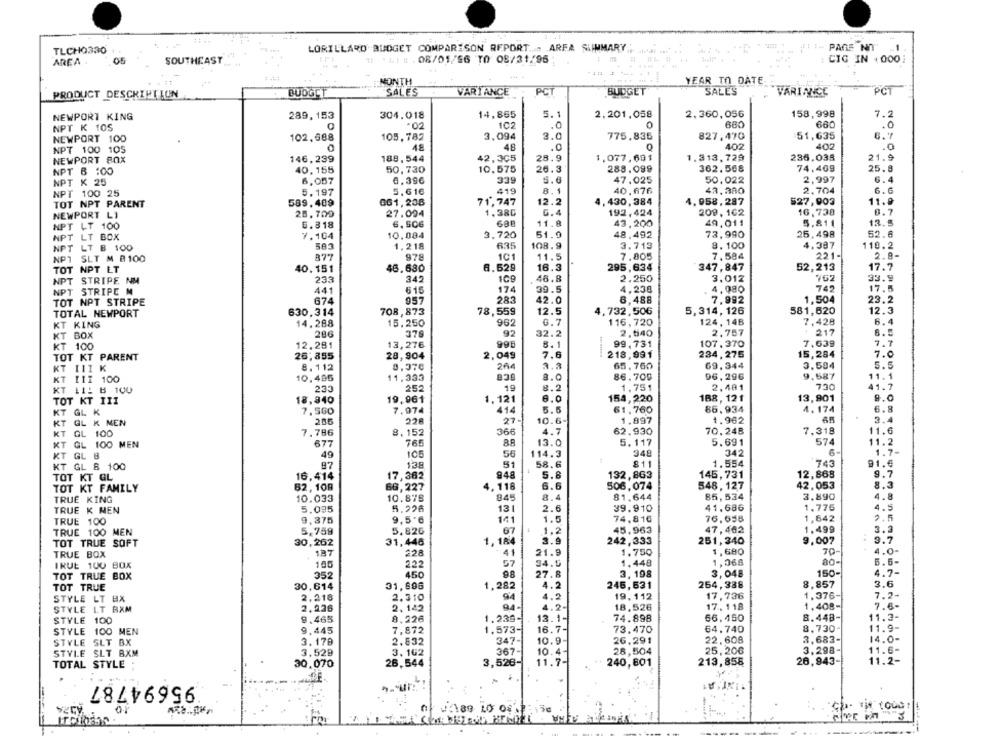
TLCHQ330
LORILLARD BUDGET COMPARISON REPORT .... ARFA SLIMMARY
III- PAGE NOT
05
SOUTHEAST
# *LEE. 08/01/56 TO 08/31, 95
CIG IN +000
AREA
MONTH
YEAR TO DATE.
PCT
PCT
PRODUCT DESCRIPTION
BUDGET
SALES
VARIANCE
BUDGET
SALES
VARIANCE
NEWPORT KING
289,153
304.018
14,865
5.1
2.201,058
2.360,056
158,998
7.2
NPT K 10S
:02
102
.0
0
680
680
.0
6.7
NEWPORT 100
102,688
105.782
3,094
3.0
775,835
827,470
51,635
NPT 100 105
48
48
.0
402
402
.0
236.035
NEWPORT BOX
146,239
188,544
42,305
28.9
1.077,691
1.313.729
21.9
NPT 8 :00
40,155
50,730
10,575
26.3
288.099
362.508
74,409
25.8
339
5.6
2,997
6.4
NPT K 25
6,057
6.396
47.025
50.022
NPT 100 25
5.197
5.616
419
8.1
40,676
42.380
2,704
6.6
061, 238
71,747
. 430, 384
527,903
11.9
TOT NPT PARENT
589.409
12.2
4.958,287
NEWPORT LI
28.700
27.094
1,380
6.4
192,424
209,162
16,738
0.7
6. 506
11.8
43,200
49.011
5.811
13.5
NPT LT 100
6.818
NPT LT BOX
7.164
10.084
3,720
51.9
48.492
73.990
25.498
52.6
503
635
108.9
3.713
8. 100
4.387
NPT LT B 100
1,218
110.2
NPT SLT M B 100
377
978
101
11.5
7.805
7,584
221-
2.8-
TOT NPT LT
40.151
46.680
6.629
16.3
295,634
347,847
52,213
17.7
NPT
STRIPE NM
233
342
109
46.8
2.250
3.012
762
33.9
NPT STRIPE M
441
615
174
39.5
4,238
4,080
742
17.5
TOT NPT STRIPE
674
957
283
42.0
6,488
7,992
1,504
23.2
630,314
708,873
78,559
12.5
1,732,506
5,314, 126
581,620
12.3
TOTAL NEWPORT
KT KING
14.288
15.250
962
G. 7
116,720
124, 14B
7.428
6.4
BOX
286
376
92
32.2
2,540
2.757
217
6.5
KT
7,639
7.7
KT 100
12.281
13,276
995
8.1
99.731
107.370
TOT KT PARENT
26,855
28,904
2,049
7.6
218,991
234, 275
15,284
7.0
69.344
5.5
KT III K
8.112
8,370
65.760
3.584
KT [11 100
10.495
11,333
8.0
86.700
96,296
9.587
11.1
2,401
7.30
41.7
KT LI: B 100
233
2.52
8.2
1,751
TOT KT III
18,840
19,961
1.121
6.0
154,220
188, 121
13,901
9.0
414
5.5
61,760
86.934
4.174
6.8
KT GL K
7.560
7.074
KT GL K MEN
228
27-
10.6-
1.897
1.962
3.4
366
4.7
62.930
70.248
7.318
11.6
KT GL 100
7.786
8,152
KT GL 100 MEN
677
765
13.0
5,117
5.691
574
11.2
105
56
114.3
348
342
6-
1.7-
KT GL B
49
KT GL & 100
87
13.8
51
58.6
811
1.554
743
91.€
16,414
17,362
948
5.8
132,863
145,731
12,868
9.7
TOT KT GL
TOT KT FAMILY
62,108
66,227
4.118
6.6
506,074
548, 127
42,053
8.3
10.878
845
8.4
81.644
85,534
3,890
4.8
TRUE KING
10.033
TRUE K NEN
5.095
5.226
131
2.6
39.910
41.686
1,776
4.5
9,875
9,5'6
141
1.5
74,816
76.658
1,642
2.5
TRUE 100
TRUE 100 MEN
5,759
5.826
67
1.2
45.963
47,402
1.499
3.3
TOT TRUE SOFT
30,262
31,446
1, 184
3.9
242, 333
251,340
9.007
3.7
70-
4.0
TRUE BOX
187
228
41
21.9
1.750
1,680
IRUE 100 BOX
100
222
57
34.0
1.448
1,368
5.5-
150-
4.7-
TOT TRUE BOX
352
450
98
27.8
3,198
3,048
TOT TRUE
30,614
31,896
1,282
4.2
246,631
264,388
8.857
3.6
17,736
1.376-
7.2-
STYLE LT BX
2,218
2.310
94
4.2
19, 112
STYLE LT RAM
2.226
2.142
94-
4.2-
18.526
17.118
1,408-
7.6-
STYLE
100
9.465
8,226
1. 239 -.
13. 1-
74.898
66, 460
8.448-
11.3-
STYLE
100 MEN
9.445
7,872
1.573-
16.7-
73.470
64.740
8.730
11.9-
22,608
3,683-
14.0-
STYLE
SLT BX
3. 179
2.832
347-
10.9-
26,291
STYLE SLT BXM
3,529
3.162
367-
10.4-
28,504
25,206
3.298-
11.6-
26,843-
11.2-
TOTAL STYLE
30,070
26,544
3,528-
11.7-
240,801
213,858
95694787